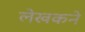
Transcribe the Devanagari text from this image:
लेखकने